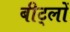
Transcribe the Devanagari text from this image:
बीट्लों